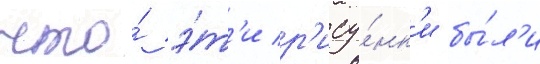
что́ э́т'и р'ису́нк'и бы́л'и